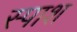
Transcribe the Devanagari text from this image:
स्पाश